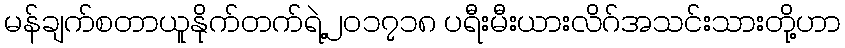
မန်ချက်စတာယူနိုက်တက်ရဲ့၂၀၁၇၁၈ ပရီးမီးယားလိဂ်အသင်းသားတို့ဟာ